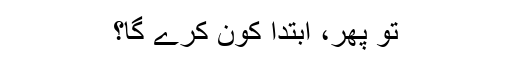
تو پھر، ابتدا کون کرے گا؟